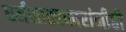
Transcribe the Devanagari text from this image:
धर्मशास्त्रकारांनीही